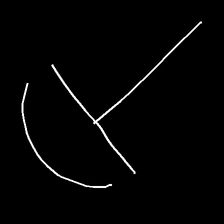
Glyph: dispersion